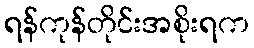
ရန်ကုန်တိုင်းအစိုးရက